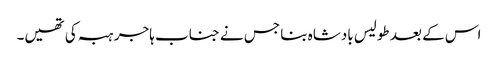
اس کے بعد طولیس بادشاہ بنا جس نے جناب ہاجر ہبہ کی تھیں۔